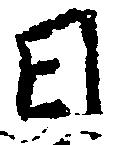
日